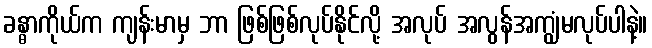
ခန္ဓာကိုယ်က ကျန်းမာမှ ဘာ ဖြစ်ဖြစ်လုပ်နိုင်လို့ အလုပ် အလွန်အကျွံမလုပ်ပါနဲ့။